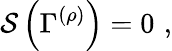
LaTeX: {\cal S}\left(\Gamma^{\left(\rho\right)}\right)=0\, \, ,